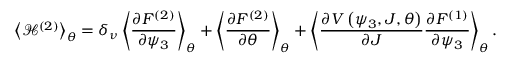
\left< { \mathcal { H } ^ { \left( 2 \right) } } \right> _ { \theta } = \delta _ { \nu } \left< { \frac { \partial F ^ { ( 2 ) } } { \partial \psi _ { 3 } } } \right> _ { \theta } + \left< { \frac { \partial F ^ { ( 2 ) } } { \partial \theta } } \right> _ { \theta } + \left< { \frac { \partial V \left( \psi _ { 3 } , J , \theta \right) } { \partial J } \frac { \partial F ^ { ( 1 ) } } { \partial \psi _ { 3 } } } \right> _ { \theta } .